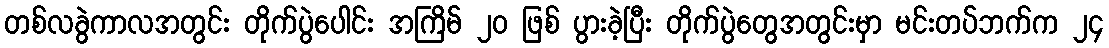
တစ်လခွဲကာလအတွင်း တိုက်ပွဲပေါင်း အကြိမ် ၂၀ ဖြစ် ပွားခဲ့ပြီး တိုက်ပွဲတွေအတွင်းမှာ မင်းတပ်ဘက်က ၂၄